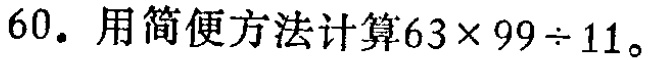
60. 用简便方法计算\(63\times 99\div 11\)。